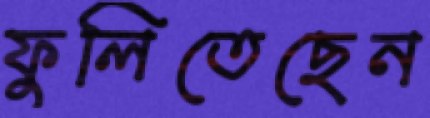
ফুলিতেছেন